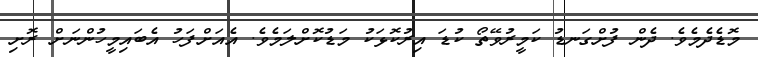
މޮޑެދެމެވެ. ދެން ފުށްގަނޑު ކަމީރުވޭތޯ ކުޑަ އިރުކޮޅަކު މަޑުކޮށްލަމެވެ. އެއަށްފަހު އެބައިމީހުންނަށް ރޮށި